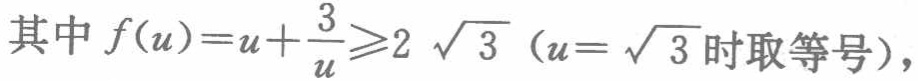
其中 \(f(u)=u+\frac{3}{u}\geqslant2\sqrt{3}\)（\(u = \sqrt{3}\) 时取等号），